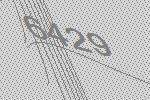
6429